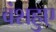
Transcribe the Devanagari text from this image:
वंशहुए